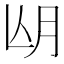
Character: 𣍢